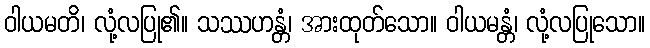
ဝါယမတိ၊ လုံ့လပြု၏။ သဿဟန္တံ၊ အားထုတ်သော။ ဝါယမန္တံ၊ လုံ့လပြုသော။